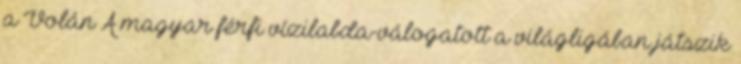
a Volán A magyar férfi vízilabda-válogatott a világligában játszik